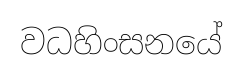
වධහිංසනයේ